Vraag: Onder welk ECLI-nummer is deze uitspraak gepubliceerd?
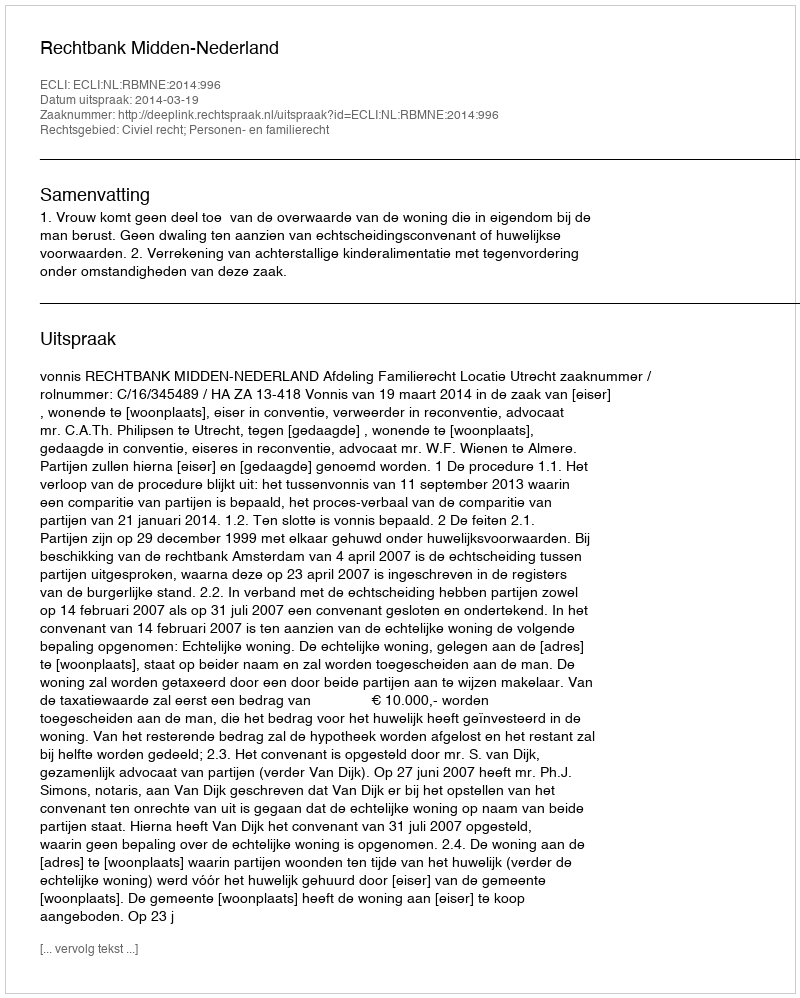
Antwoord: ECLI:NL:RBMNE:2014:996